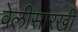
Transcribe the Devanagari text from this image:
वेलीसारखी